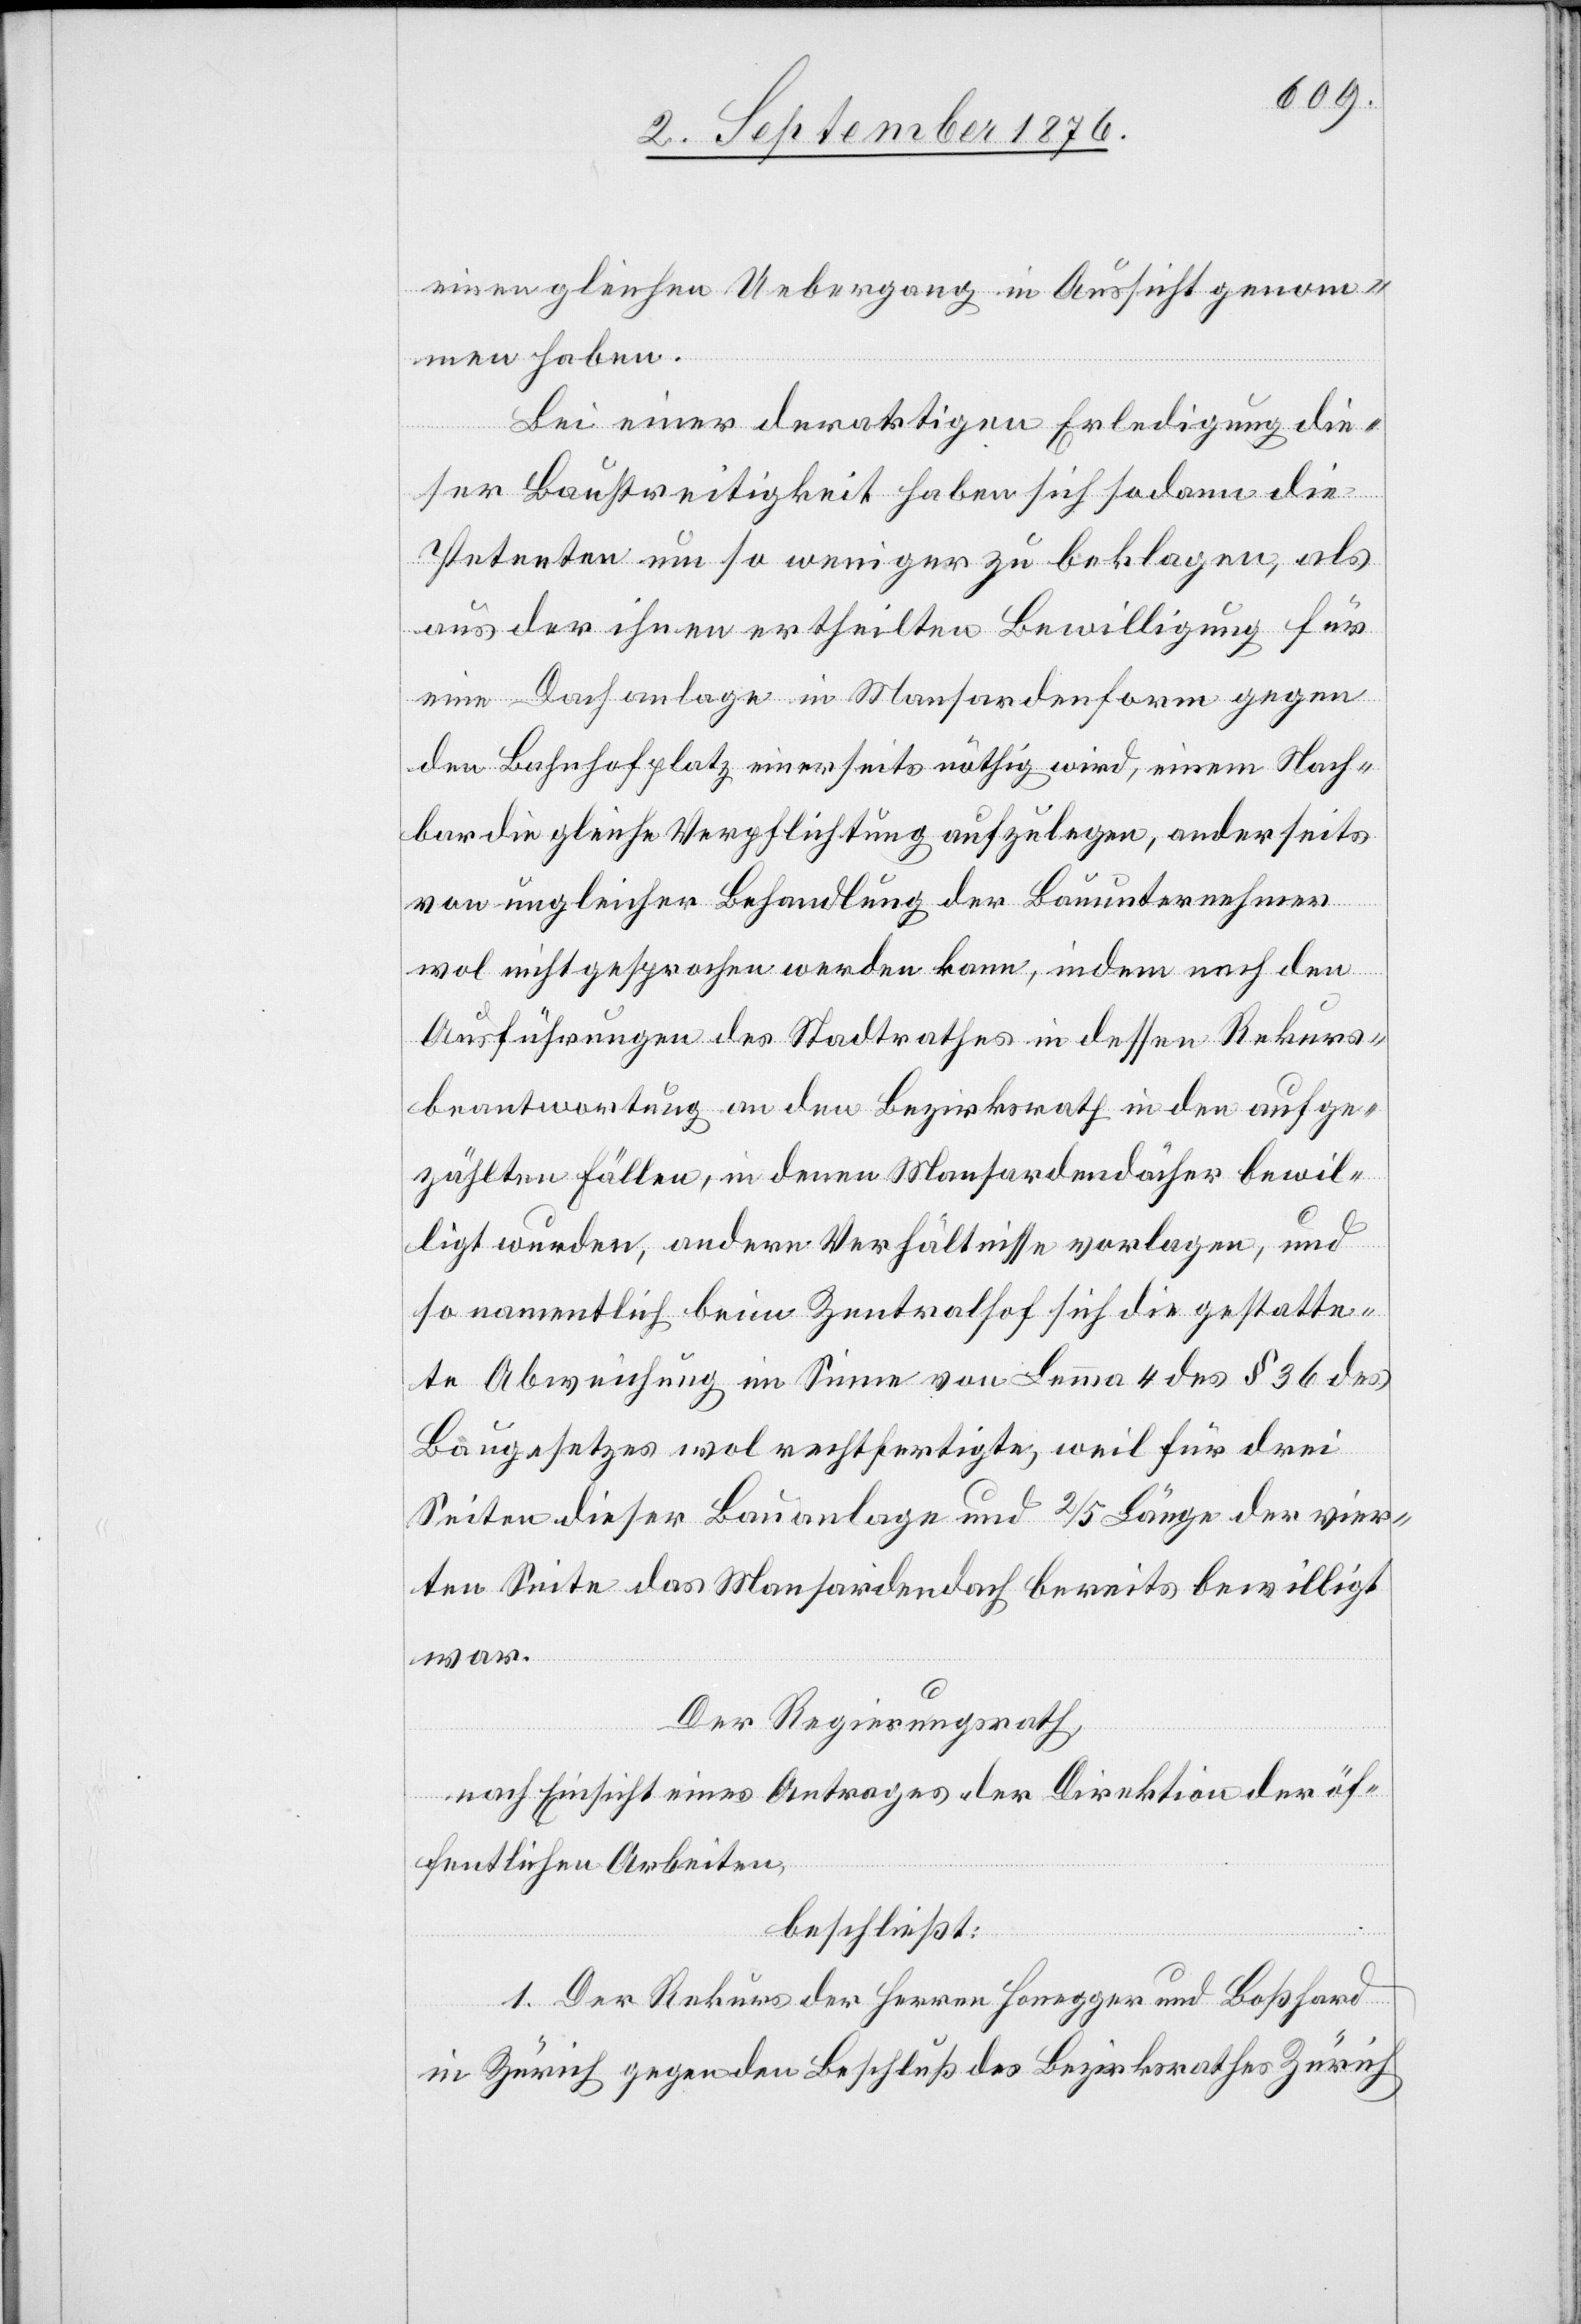
einen gleichen Uebergang in Aussicht genom¬
men haben.
Bei einer derartigen Erledigung die¬
ser Baustreitigkeit haben sich sodann die
Petenten um so weniger zu beklagen, als
aus der ihnen ertheilten Bewilligung für
eine Dachanlage in Mansardenform gegen
den Bahnhofplatz einerseits nöthig wird, einem Nach¬
bar die gleiche Verpflichtung aufzulegen, anderseits
von ungleicher Behandlung der Bauunternehmer
wol nicht gesprochen werden kann, indem nach den
Ausführungen des Stadtrathes in dessen Rekurs¬
beantwortung an den Bezirksrath in den aufge¬
zählten Fällen, in denen Mansardendächer bewil¬
ligt wurden, andere Verhältnisse vorlagen, und
so namentlich beim Zentralhof sich die gestatte¬
te Abweichung im Sinne von Lemma 4 des § 36 des
Baugesetzes wol rechtfertige, weil für drei
Seiten dieser Bauanlage und 2/5 Länge der vier¬
ten Seite das Mansardendach bereits bewilligt
war.
Der Regierungsrath,
nach Einsicht eines Antrages der Direktion der öf¬
fentlichen Arbeiten,
beschließt:
1. Der Rekurs der Herren Honegger und Boßhard
in Zürich gegen den Beschluß des Bezirksrathes Zürich